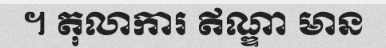
។ តុលាការ ឥណ្ឌា មាន